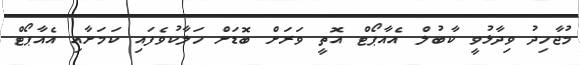
މުޖާހިދު ވިދާޅުވީ ކާބުލް އެއާޕޯޓް އޮތީ ވަރަށް ބޮޑަށް ހަލާކުވެފައި ކަމަށާއި އެއާޕޯޓް